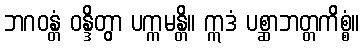
ဘဂဝန္တံ ဝန္ဒိတွာ ပက္ကမန္တိ။ ဣဒံ ပစ္ဆာဘတ္တကိစ္စံ။